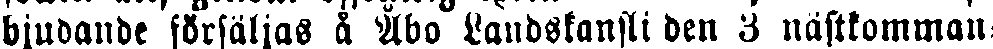
bjudande försäljas å Åbo Landskansli den 3 nästkomman